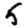
Digit: 5